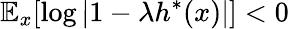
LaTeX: \mathbb{E}_{x}[\log|1-\lambda h^{*}(x)|]<0